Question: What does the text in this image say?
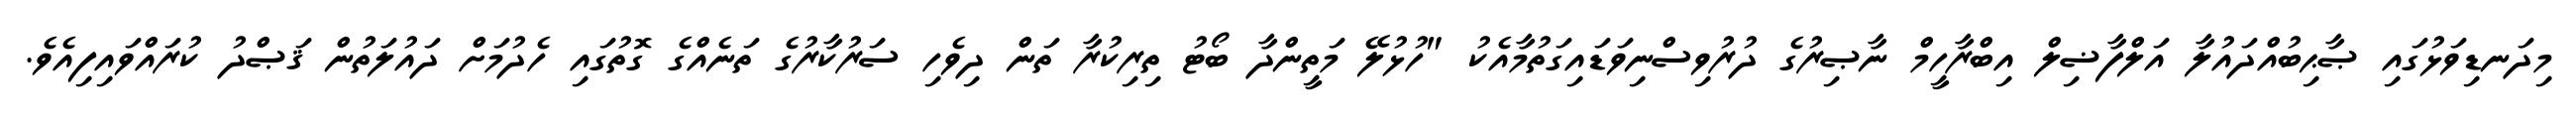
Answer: މިދަނޑިވަޅުގައި ޞާޙިބުއްދައުލާ އަލްފާޟިލް އިބްރާހީމް ނާޞިރުގެ ދުރުވިސްނިވަޑައިގަތުމާއެކު "ހުޅުލޭ މަތީންދާ ބޯޓު ތިރިކުރާ ތަން ދިވެހި ސަރުކާރުގެ ތަނެއްގެ ގޮތުގައި ހެދުމަށް ދައުލަތުން ޤަޞްދު ކުރައްވައިފިއެވެ.